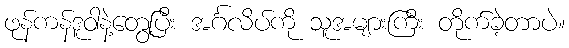
ဖုန်ကန်ဒူဝါနဲ့တွေ့ပြီး အင်္ဂလိပ်ကို သူအများကြီး တိုက်ခဲ့တာပဲ။